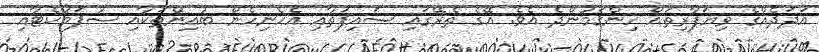
އަދަދެއްގެ ވިޔަފާރިތައް ހިންގަމުންދެ އެވެ. އޭގެ ތެރޭގައި ސައިފަތާއި އެހެނިހެން ބުއިންތަކާއި ސުޕަމާކެޓާއި